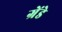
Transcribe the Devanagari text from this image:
ग्रेंडे